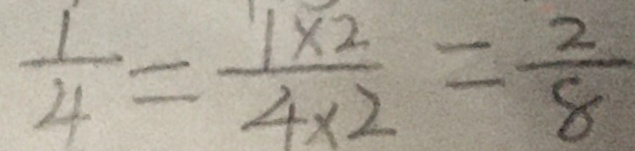
\frac { 1 } { 4 } = \frac { 1 \times 2 } { 4 \times 2 } = \frac { 2 } { 8 }